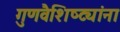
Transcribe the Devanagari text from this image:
गुणवैशिष्ट्यांना